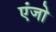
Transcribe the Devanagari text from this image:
एंजो